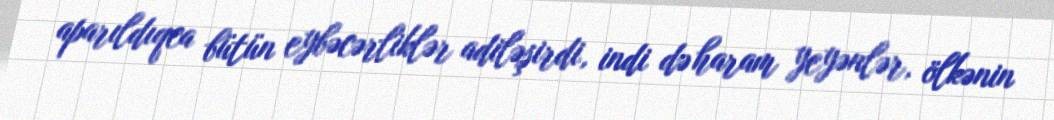
aparıldıqca bütün eybəcərliklər adiləşirdi, indi də haram yeyənlər, ölkənin